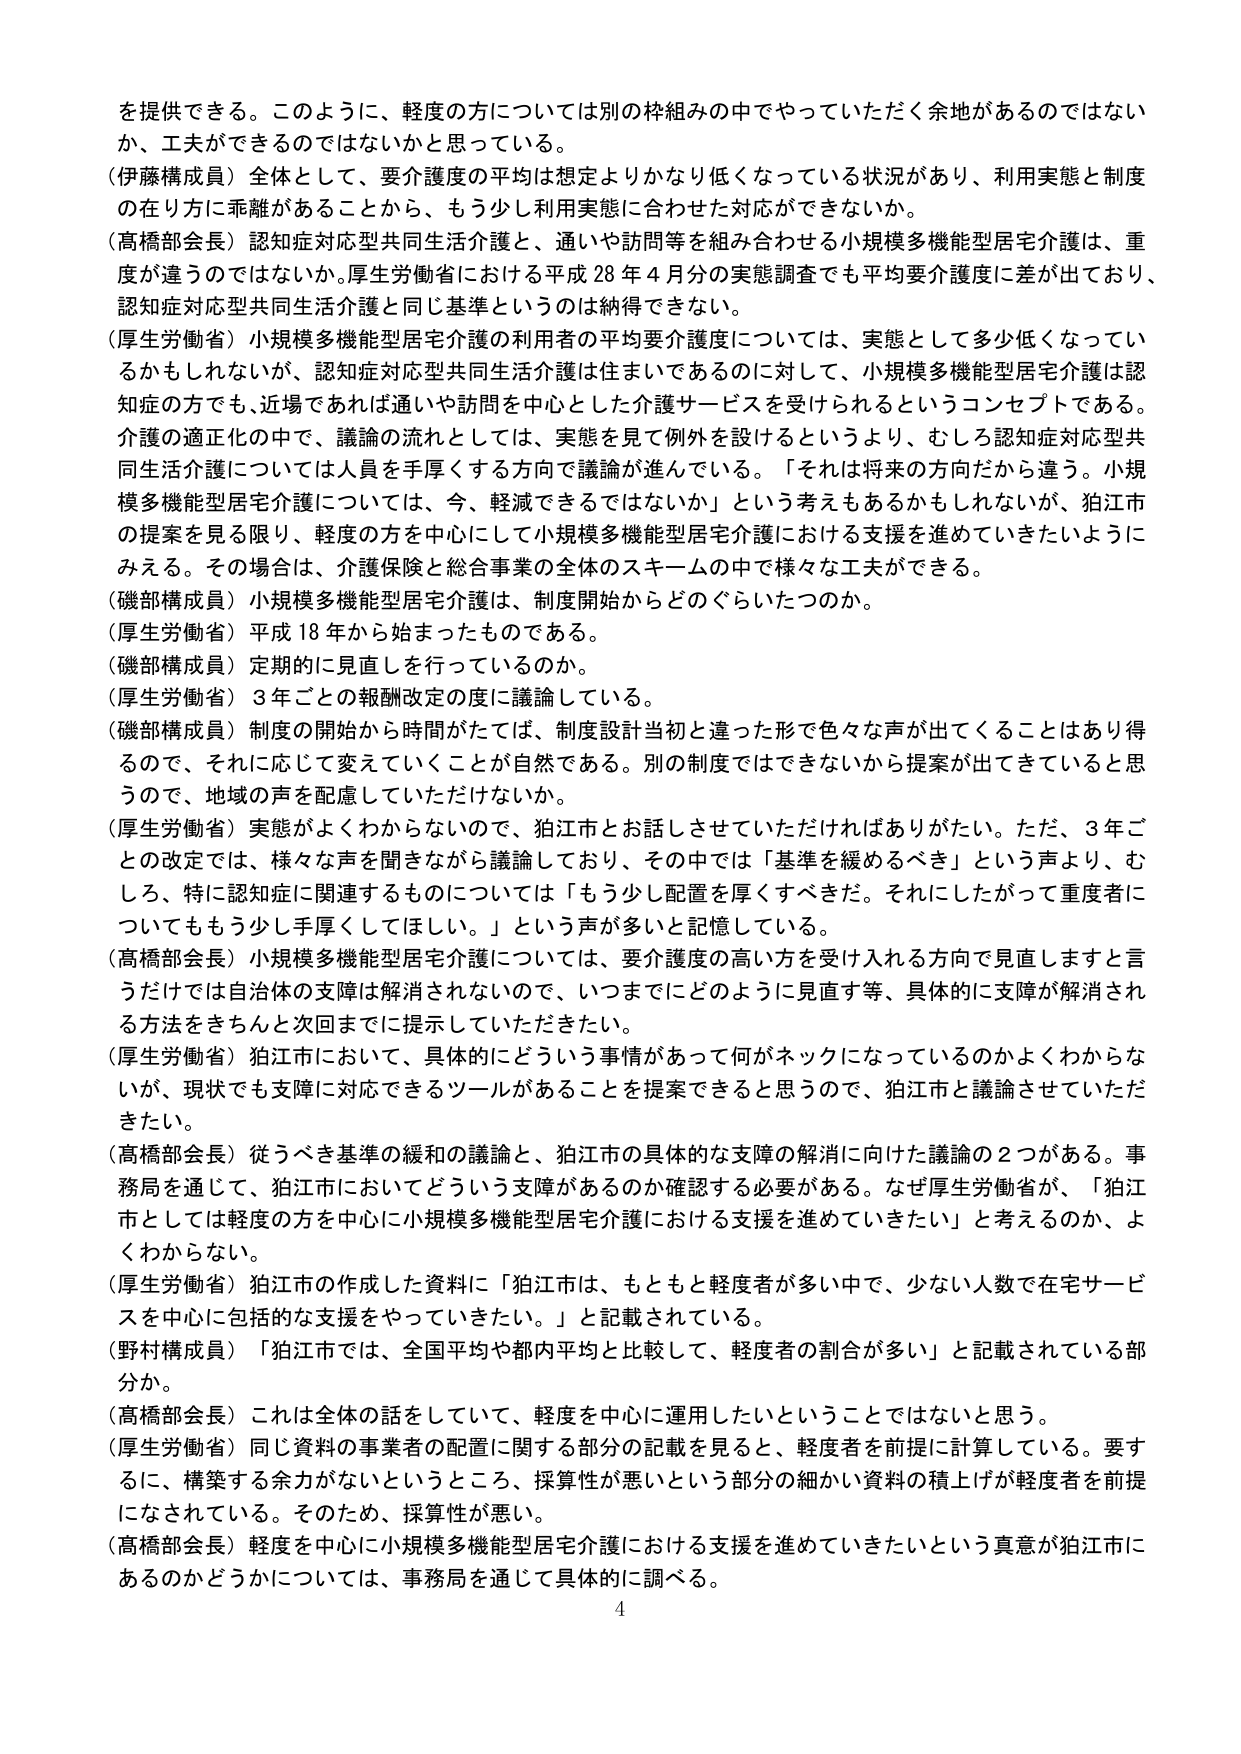
を提供できる。このように、軽度の方については別の枠組みの中でやっていただく余地があるのではない
か、工夫ができるのではないかと思っている。
（伊藤構成員）全体として、要介護度の平均は想定よりかなり低くなっている状況があり、利用実態と制度
の在り方に乖離があることから、もう少し利用実態に合わせた対応ができないか。
（高橋部会長）認知症対応型共同生活介護と、通いや訪問等を組み合わせる小規模多機能型居宅介護は、重
度が違うのではないか。厚生労働省における平成28年4月分の実態調査でも平均要介護度に差が出ており、
認知症対応型共同生活介護と同じ基準というのは納得できない。
（厚生労働省）小規模多機能型居宅介護の利用者の平均要介護度については、実態として多少低くなってい
るかもしれないが、認知症対応型共同生活介護は住まいであるのに対して、小規模多機能型居宅介護は認
知症の方でも、近場であれば通いや訪問を中心とした介護サービスを受けられるというコンセプトである。
介護の適正化の中で、議論の流れとしては、実態を見て例外を設けるというより、むしろ認知症対応型共
同生活介護については人員を手厚くする方向で議論が進んでいる。「それは将来的方向だから違う。小規
模多機能型居宅介護については、今、軽減できるではないか」という考えもあるかもしれないが、狛江市
の提案を見る限り、軽度の方を中心にした小規模多機能型居宅介護における支援を進めていきたいように
みえる。その場合は、介護保険と総合事業の全体のスキームの中で様々な工夫ができる。
（磯部構成員）小規模多機能型居宅介護は、制度開始からどのぐらいたつのか。
（厚生労働省）平成18年から始まったものである。
（磯部構成員）定期的に見直しを行っているのか。
（厚生労働省）3年ごとの報酬改定の度に議論している。
（磯部構成員）制度の開始から時間がたてば、制度設計当初と違った形で色々な声が出てくることはあり得
るので、それに応じて変えていくことが自然である。別の制度ではできないから提案が出てきていると思
うので、地域の声を配慮していただけないか。
（厚生労働省）実態がよくわからないので、狛江市とお話しさせていただければありがたい。ただ、3年ご
との改定では、様々な声を聞きながら議論しており、その中では「基準を緩めるべき」という声より、む
しろ、特に認知症に関連するものについては「もう少し配置を厚くすべきだ。それにしたがって重度者に
ついてももう少し手厚くしてほしい。」という声が多いと記憶している。
（高橋部会長）小規模多機能型居宅介護については、要介護度の高い方を受け入れる方向で見直しますと言
うだけでは自治体の支援は解消されないので、いつまでにどのように見直す等、具体的に支援が解消され
る方法をきちんと次回までに提示していただきたい。
（厚生労働省）狛江市において、具体的にどういう事情があって何がネックになっているのかよくわからな
いが、現状でも支援に対応できるツールがあることを提案できると思うので、狛江市と議論させていただ
きたい。
（高橋部会長）従うべき基準の緩和の議論と、狛江市の具体的な支援の解消に向けた議論の2つがある。事
務局を通じて、狛江市においてどういう支援があるのか確認する必要がある。なぜ厚生労働省が、「狛江
市としては軽度の方を中心に小規模多機能型居宅介護における支援を進めていきたい」と考えるのか、よ
くわからない。
（厚生労働省）狛江市の作成した資料に「狛江市は、もともと軽度者が多い中で、少ない人数で在宅サービ
スを中心に包括的な支援をやっていきたい。」と記載されている。
（野村構成員）「狛江市では、全国平均や都内平均と比較して、軽度者の割合が多い」と記載されている部
分か。
（高橋部会長）これは全体の話をしていて、軽度を中心に運用したいということではないと思う。
（厚生労働省）同じ資料の事業者の配置に関する部分の記載を見ると、軽度者を前提に計算している。要す
るに、構築する余力がないというところ、採算性が悪いという部分の細かい資料の積上げが軽度者を前提
になされている。そのため、採算性が悪い。
（高橋部会長）軽度を中心に小規模多機能型居宅介護における支援を進めていきたいという真意が狛江市に
あるのかどうかについては、事務局を通じて具体的に調べる。
4